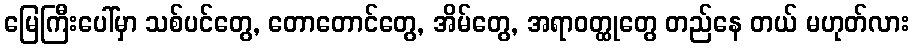
မြေကြီးပေါ်မှာ သစ်ပင်တွေ, တောတောင်တွေ, အိမ်တွေ, အရာဝတ္ထုတွေ တည်နေ တယ် မဟုတ်လား